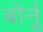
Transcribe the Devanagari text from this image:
बोर्नू